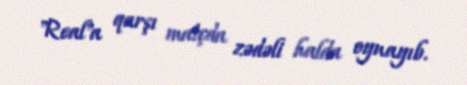
"Real"a qarşı matçda zədəli halda oynayıb.